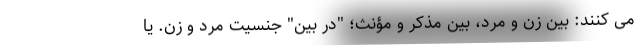
می کنند: بین زن و مرد، بین مذکر و مؤنث؛ "در بین" جنسیت مرد و زن. یا